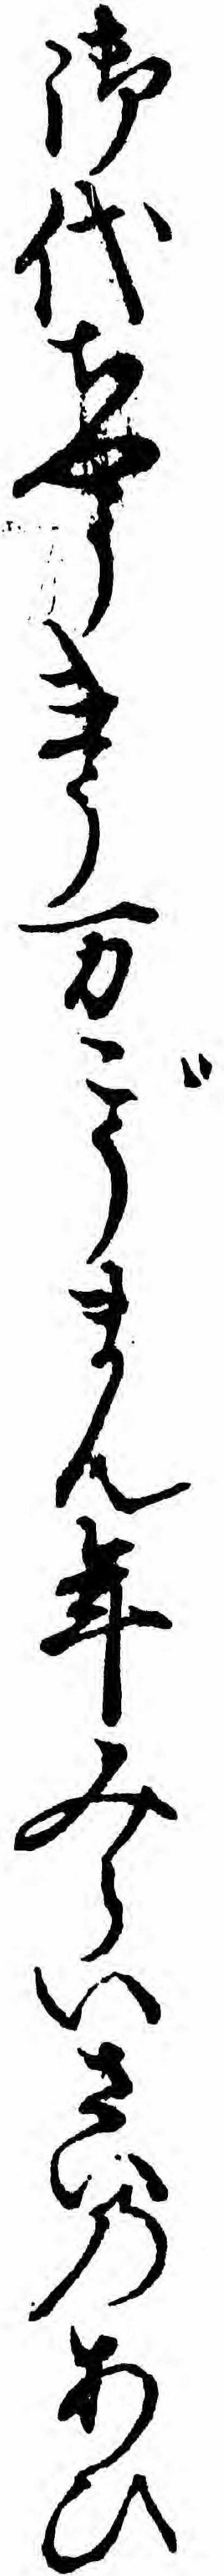
御代ちやうきう万ごうまん年みらいさいのあひ